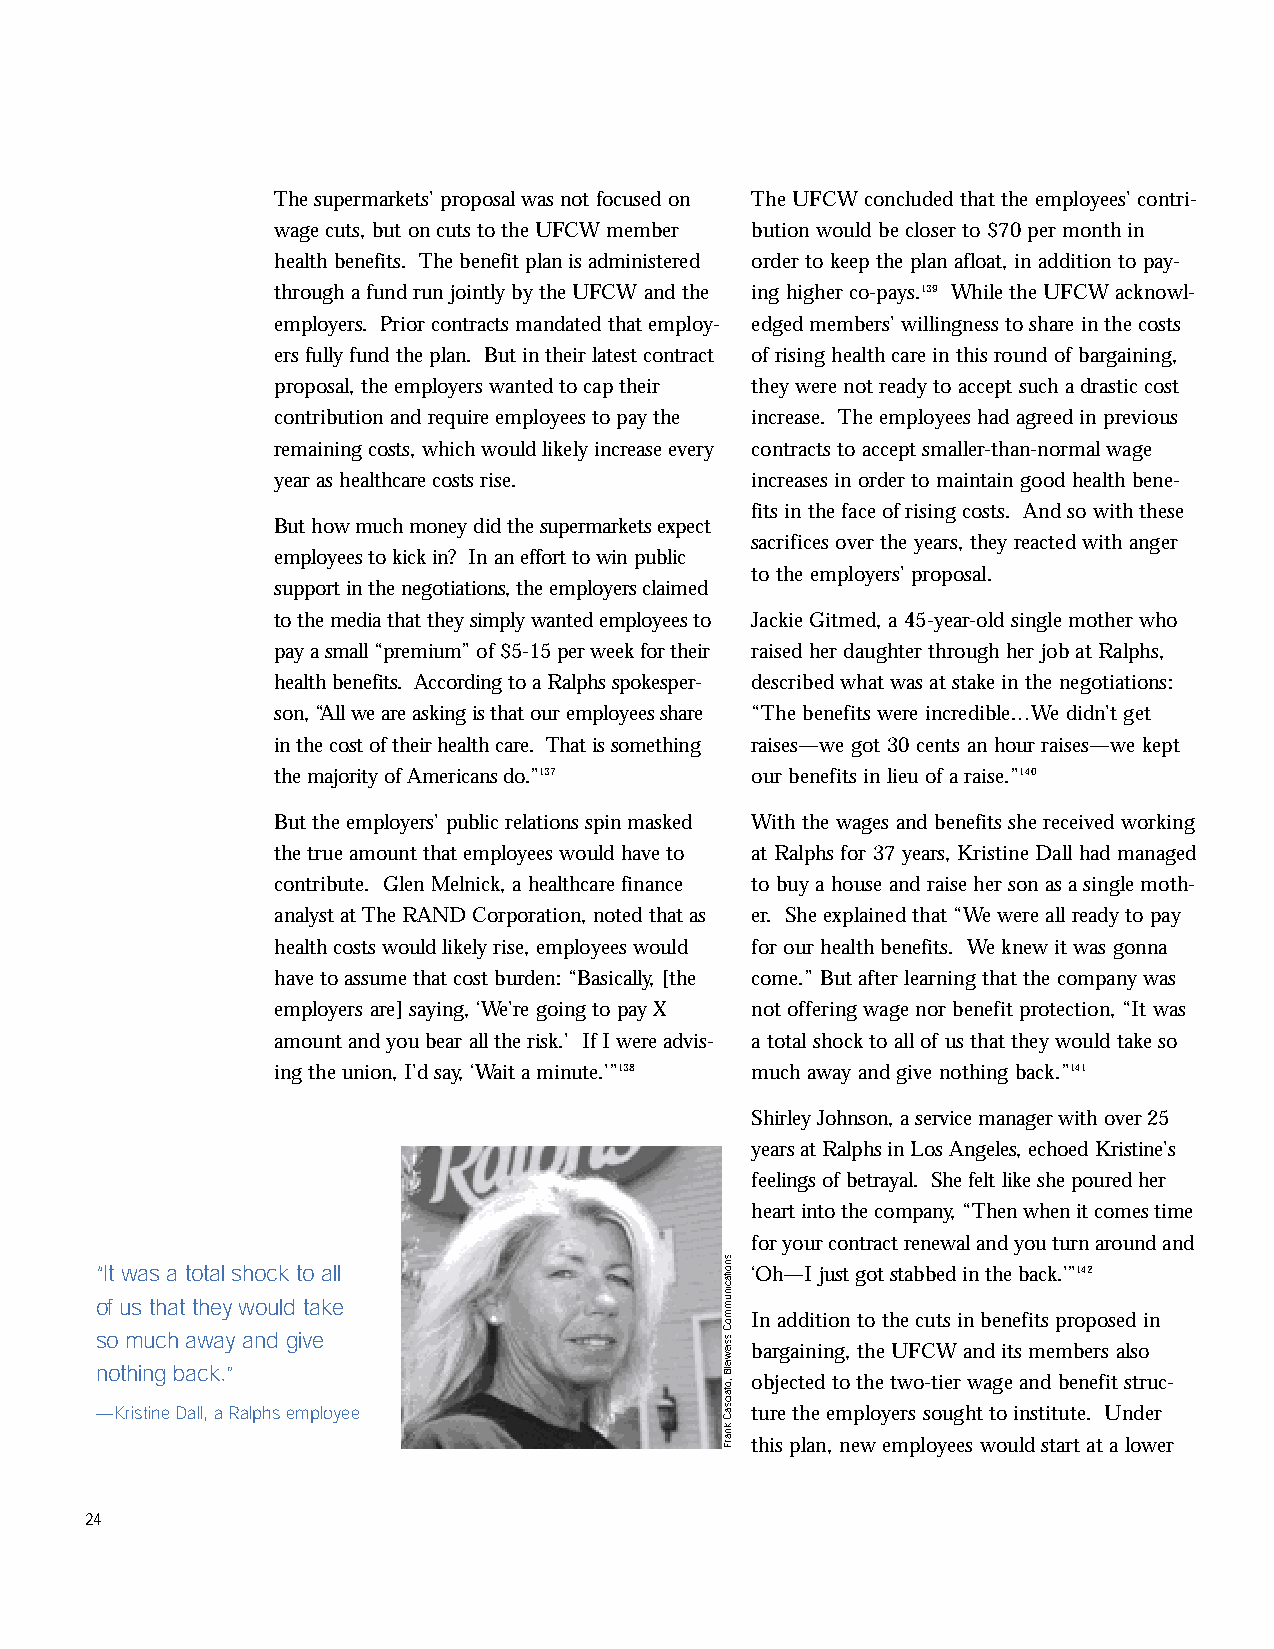
inside2.qxd 11/8/2005 11:17 AM Page 24
 The supermarkets’ proposal was not focused on The UFCW concluded that the employees’ contri-
 wage cuts, but on cuts to the UFCW member bution would be closer to $70 per month in
 health benefits. The benefit plan is administered order to keep the plan afloat, in addition to pay-
 through a fund run jointly by the UFCW and the ing higher co-pays.139 While the UFCW acknowl-
 employers. Prior contracts mandated that employ- edged members’ willingness to share in the costs
 ers fully fund the plan. But in their latest contract of rising health care in this round of bargaining,
 proposal, the employers wanted to cap their they were not ready to accept such a drastic cost
 contribution and require employees to pay the increase. The employees had agreed in previous
 remaining costs, which would likely increase every contracts to accept smaller-than-normal wage
 year as healthcare costs rise.  increases in order to maintain good health bene-
 fits in the face of rising costs. And so with these
 But how much money did the supermarkets expect
 sacrifices over the years, they reacted with anger
 employees to kick in? In an effort to win public
 to the employers’ proposal.
 support in the negotiations, the employers claimed
 to the media that they simply wanted employees to Jackie Gitmed, a 45-year-old single mother who
 pay a small “premium” of $5-15 per week for their raised her daughter through her job at Ralphs,
 health benefits. According to a Ralphs spokesper- described what was at stake in the negotiations:
 son, “All we are asking is that our employees share “The benefits were incredible…We didn’t get
 in the cost of their health care. That is something raises—we got 30 cents an hour raises—we kept
 the majority of Americans do.”137 our benefits in lieu of a raise.”140
 But the employers’ public relations spin masked With the wages and benefits she received working
 the true amount that employees would have to at Ralphs for 37 years, Kristine Dall had managed
 contribute. Glen Melnick, a healthcare finance to buy a house and raise her son as a single moth-
 analyst at The RAND Corporation, noted that as er. She explained that “We were all ready to pay
 health costs would likely rise, employees would for our health benefits. We knew it was gonna
 have to assume that cost burden: “Basically, [the come.” But after learning that the company was
 employers are] saying, ‘We’re going to pay X not offering wage nor benefit protection, “It was
 amount and you bear all the risk.’ If I were advis- a total shock to all of us that they would take so
 ing the union, I’d say, ‘Wait a minute.’”138 much away and give nothing back.”141
 Shirley Johnson, a service manager with over 25
 years at Ralphs in Los Angeles, echoed Kristine’s
 feelings of betrayal. She felt like she poured her
 heart into the company, “Then when it comes time
 for your contract renewal and you turn around and
 “It was a total shock to all                ‘Oh—I just got stabbed in the back.’”142
 of us that they would take
 In addition to the cuts in benefits proposed in
 so much away and give
 bargaining, the UFCW and its members also
 nothing back.”
 objected to the two-tier wage and benefit struc-
 —Kristine Dall, a Ralphs employee           ture the employers sought to institute. Under
 this plan, new employees would start at a lower
 24
 snoitacinummoC
 ssiewielB
 ,otaicsaC
 knarF